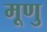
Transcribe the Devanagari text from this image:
मूणु